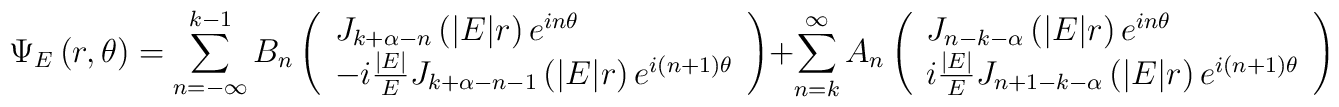
\Psi_E\left(r,\theta\right) = \sum_{n=-\infty}^{k-1} B_n\left(\begin{array}{l}   J_{k+\alpha-n}\left(|E|r\right) e^{i n \theta} \\   -i\frac{|E|}{E}J_{k+\alpha-n-1}\left(|E|r\right) e^{i\left(n+1\right) \theta} \end{array}\right)+ \sum_{n=k}^\infty A_n\left(\begin{array}{l}   J_{n-k-\alpha}\left(|E|r\right) e^{i n \theta} \\   i\frac{|E|}{E}J_{n+1-k-\alpha}\left(|E|r\right) e^{i\left(n+1\right) \theta} \end{array}\right)